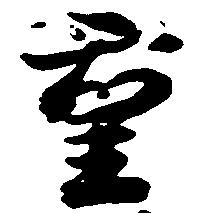
重